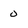
Character: 0